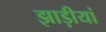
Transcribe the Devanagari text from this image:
झाड़ीयां